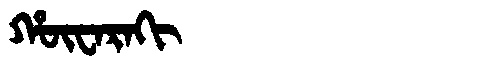
Manchu: ᡥᡡᠸᠠᡵᠠᡴᡳ
Romanization: HŪWARAKI